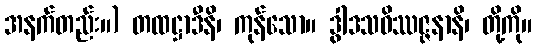
အနက်တည်း။) တထဋ္ဌာဒီနိ၊ ကုန်သော။ ဒွါဒသဝိဿဇ္ဇနာနိ၊ တို့ကို။